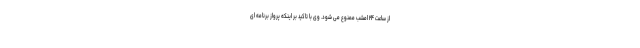
از ساعت ۲۴ امشب ممنوع می شود. وی با تاکید بر اینکه پرواز برنامه ای